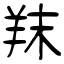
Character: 䍪